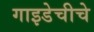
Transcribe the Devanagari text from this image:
गाइडेचीचे